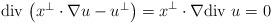
LaTeX: \begin{align*}\mbox{{div $\big(x^\perp\cdot\nabla u-u^\perp\big)$}}=x^\perp\cdot\nabla\mbox{{div $u$}}=0\end{align*}